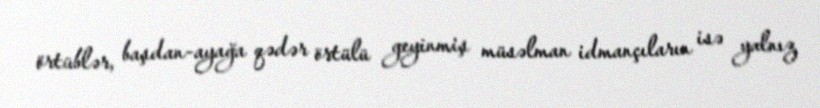
örtüblər, başdan-ayağa qədər örtülü geyinmiş müsəlman idmançıların isə yalnız